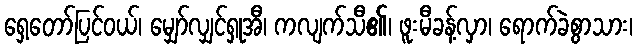
ရှေ့တော်ပြင်ဝယ်၊ မျှော်လျှင်ရှုအီ၊ ကလျက်သီ၏၊ ဖူးမီခန့်လှာ၊ ရောက်ခဲစွာသား၊